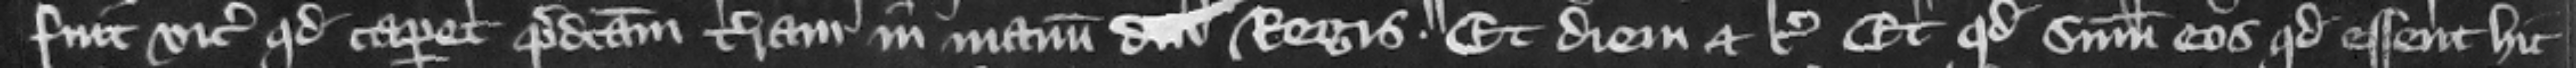
fuit vicecomiti quod caperet predictam terram in manum regis. Et diem etc. Et quod summoneret eos quod essent hic